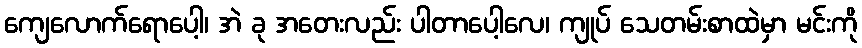
ကျေလောက်ရောပေါ့၊ အဲ ခု အတေးလည်း ပါတာပေါ့လေ၊ ကျုပ် သေတမ်းစာထဲမှာ မင်းကို